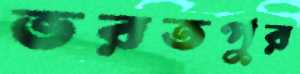
ভরতপুর